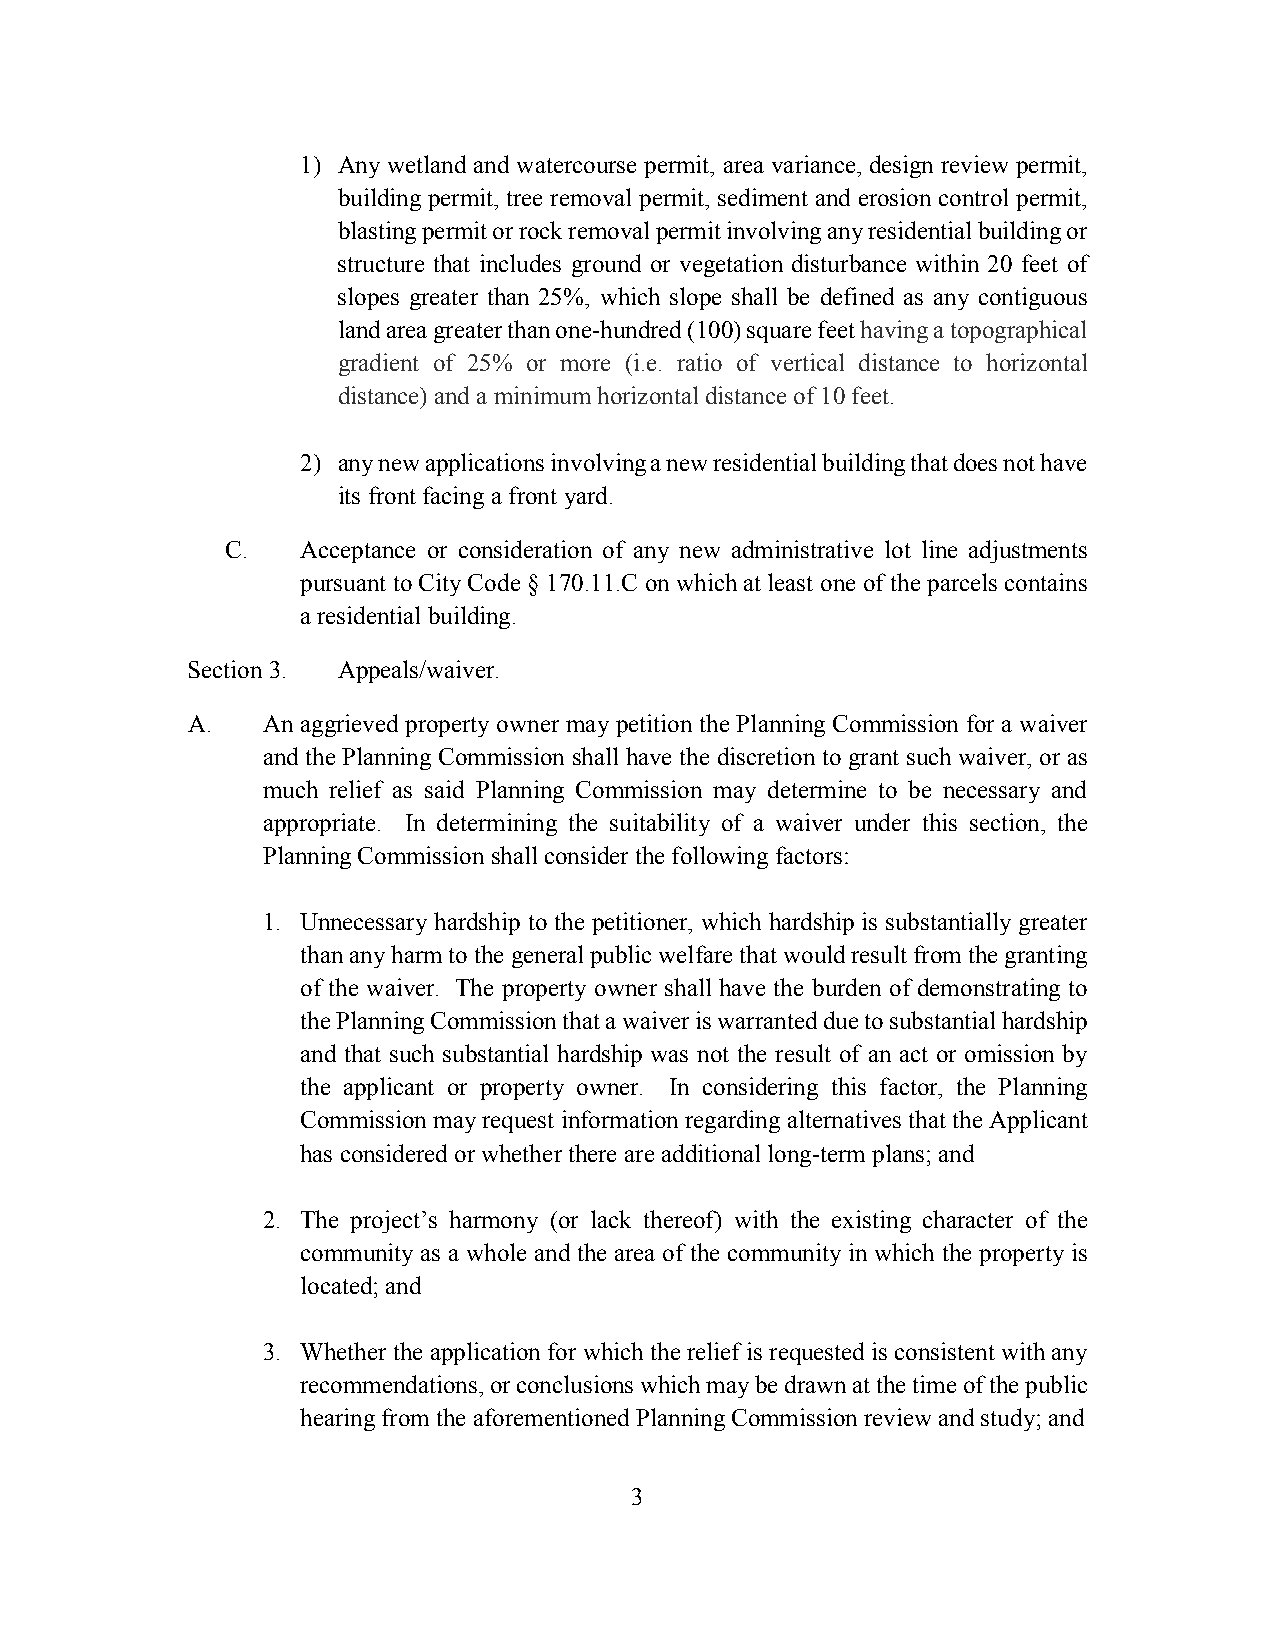
1) Any wetland and watercourse permit, area variance, design review permit,
 building permit, tree removal permit, sediment and erosion control permit,
 blasting permit or rock removal permit involving any residential building or
 structure that includes ground or vegetation disturbance within 20 feet of
 slopes greater than 25%, which slope shall be defined as any contiguous
 land area greater than one-hundred (100) square feet having a topographical
 gradient of 25% or more (i.e. ratio of vertical distance to horizontal
 distance) and a minimum horizontal distance of 10 feet.
 2) any new applications involving a new residential building that does not have
 its front facing a front yard.
 C.   Acceptance or consideration of any new administrative lot line adjustments
 pursuant to City Code § 170.11.C on which at least one of the parcels contains
 a residential building.
 Section 3. Appeals/waiver.
 A.   An aggrieved property owner may petition the Planning Commission for a waiver
 and the Planning Commission shall have the discretion to grant such waiver, or as
 much relief as said Planning Commission may determine to be necessary and
 appropriate. In determining the suitability of a waiver under this section, the
 Planning Commission shall consider the following factors:
 1. Unnecessary hardship to the petitioner, which hardship is substantially greater
 than any harm to the general public welfare that would result from the granting
 of the waiver. The property owner shall have the burden of demonstrating to
 the Planning Commission that a waiver is warranted due to substantial hardship
 and that such substantial hardship was not the result of an act or omission by
 the applicant or property owner. In considering this factor, the Planning
 Commission may request information regarding alternatives that the Applicant
 has considered or whether there are additional long-term plans; and
 2. The project’s harmony (or lack thereof) with the existing character of the
 community as a whole and the area of the community in which the property is
 located; and
 3. Whether the application for which the relief is requested is consistent with any
 recommendations, or conclusions which may be drawn at the time of the public
 hearing from the aforementioned Planning Commission review and study; and
 3